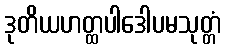
ဒုတိယဟတ္ထပါဒေါပမသုတ္တံ